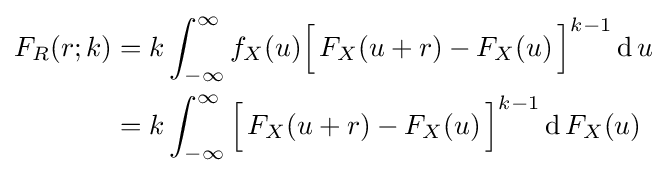
{\begin{aligned}F_{R}(r;k)&=k\int _{-\infty }^{\infty }f_{X}(u){\Bigl [}\,F_{X}(u+r)-F_{X}(u)\,{\Bigr ]}^{k-1}\,\mathrm {d} \,u\\&=k\int _{-\infty }^{\infty }{\Bigl [}\,F_{X}(u+r)-F_{X}(u)\,{\Bigr ]}^{k-1}\,\mathrm {d} \,F_{X}(u)\end{aligned}}